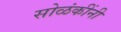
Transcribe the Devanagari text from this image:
सोळंकींनी